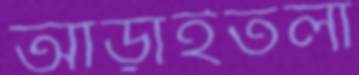
আড়াইতলা